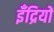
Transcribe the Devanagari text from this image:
इँद्रियों